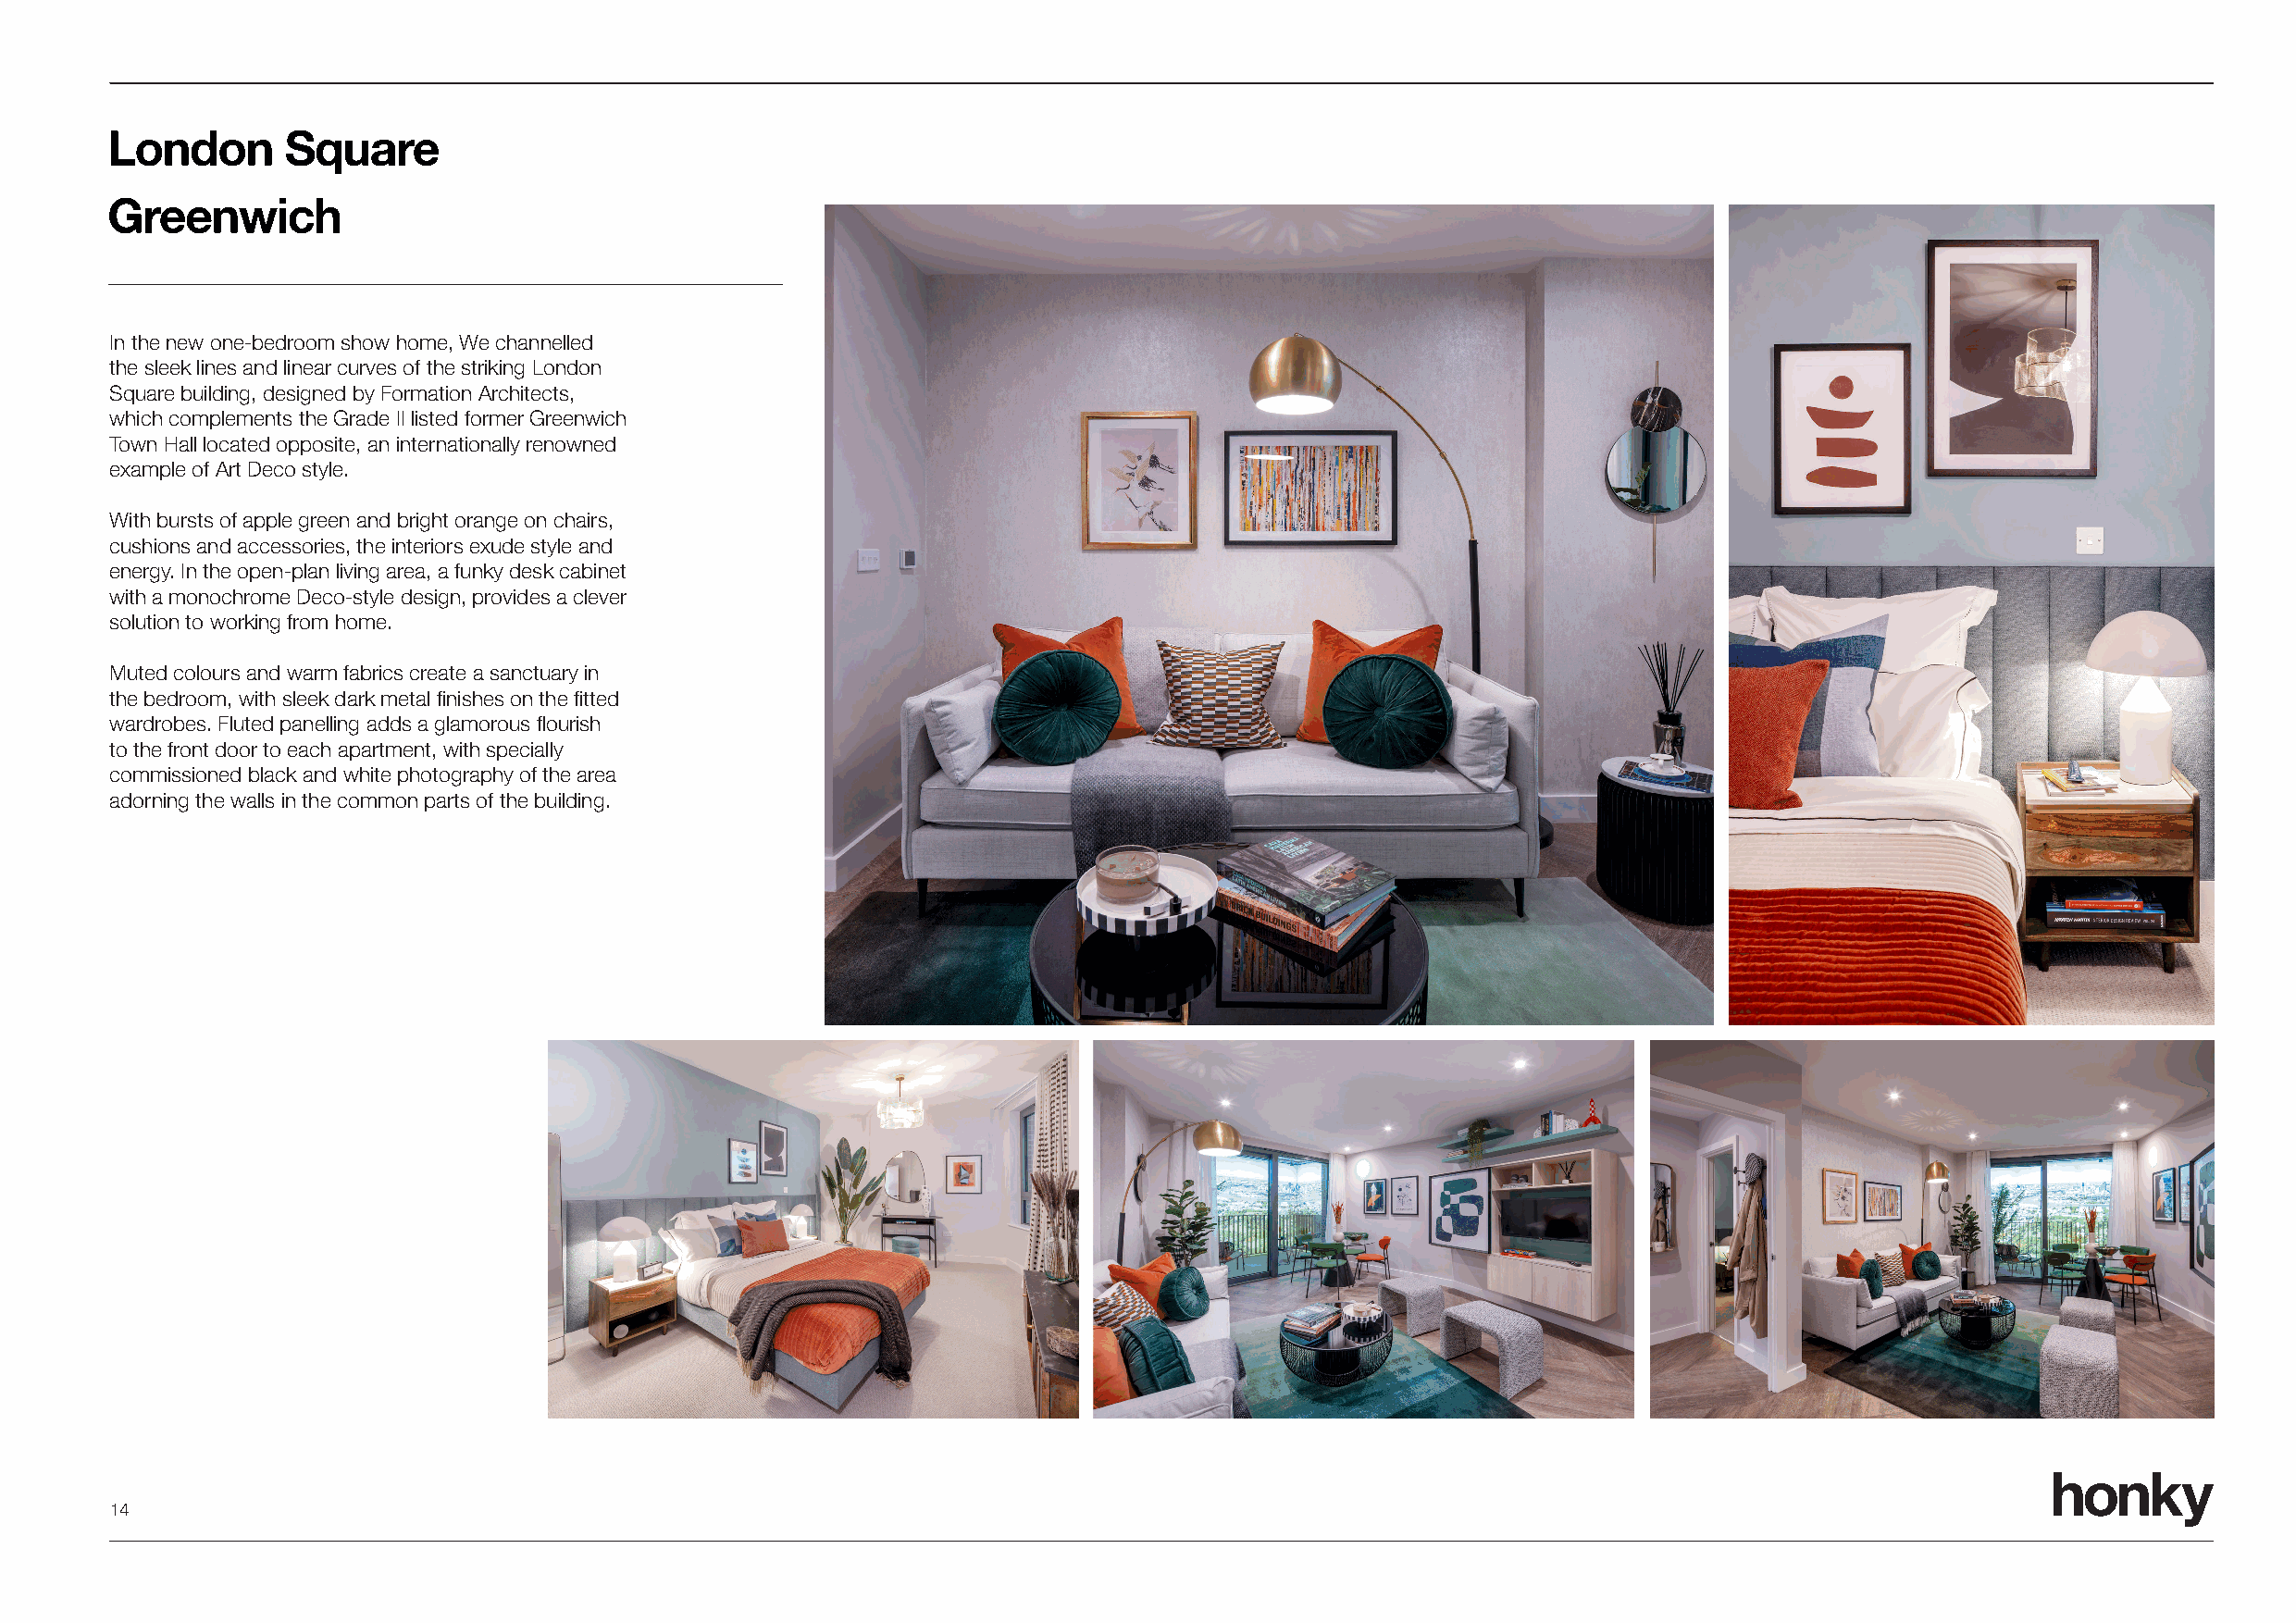
London      Square
 Greenwich
 In the new one-bedroom show home, We channelled
 the sleek lines and linear curves of the striking London
 Square building, designed by Formation Architects,
 which complements the Grade II listed former Greenwich
 Town Hall located opposite, an internationally renowned
 example of Art Deco style.
 With bursts of apple green and bright orange on chairs,
 cushions and accessories, the interiors exude style and
 energy. In the open-plan living area, a funky desk cabinet
 with a monochrome Deco-style design, provides a clever
 solution to working from home.
 Muted colours and warm fabrics create a sanctuary in
 the bedroom, with sleek dark metal finishes on the fitted
 wardrobes. Fluted panelling adds a glamorous flourish
 to the front door to each apartment, with specially
 commissioned black and white photography of the area
 adorning the walls in the common parts of the building.
 honky
 14